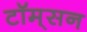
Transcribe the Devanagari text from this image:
टॉम्‌सन